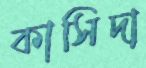
কাসিদা